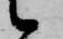
候